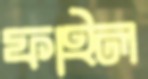
ফাইল